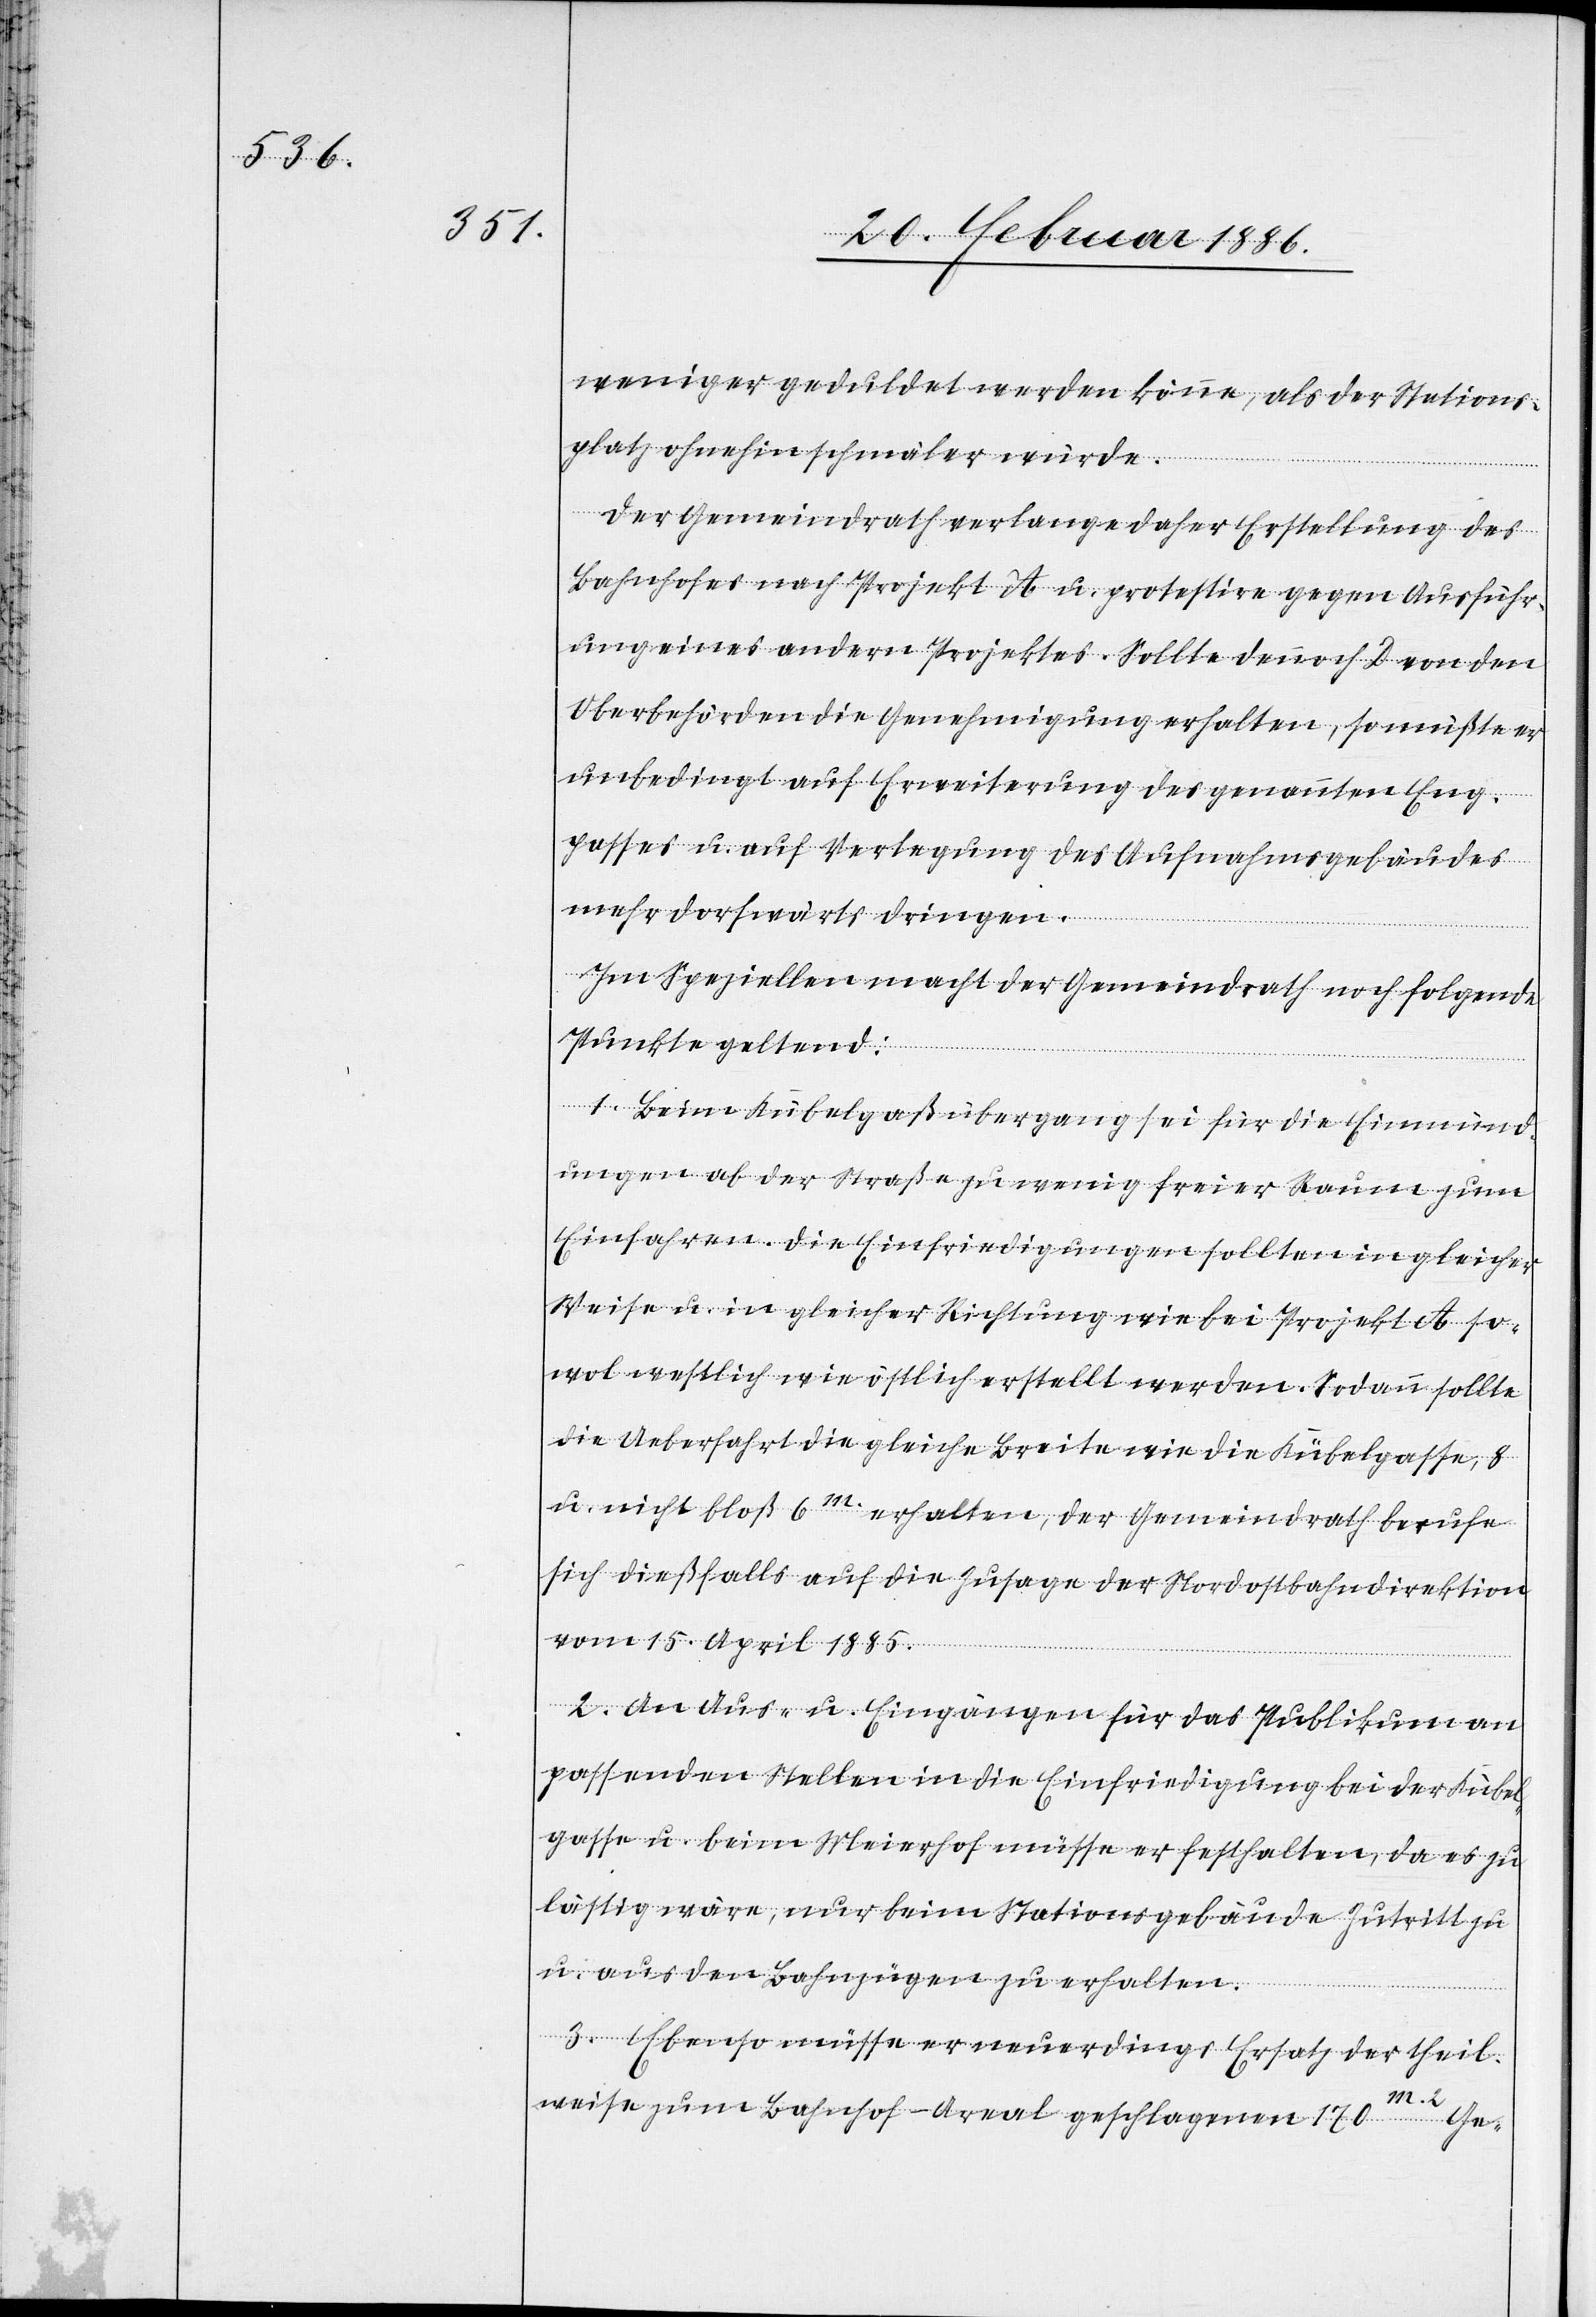
weniger geduldet werden könne, als der Stations¬
platz ohnehin schmäler würde.
Der Gemeindrath verlange daher Erstellung des
Bahnhofes nach Projekt A u. protestiere gegen Ausführ¬
ung eines andern Projektes. Sollte dennoch D von den
Oberbehörden die Genehmigung erhalten, so mußte er
unbedingt auf Erweiterung des genannten Eng¬
passes u. auf Verlegung des Aufnahmsgebäudes
mehr dorfwärts dringen.
Im Speziellen macht der Gemeindrath noch folgende
Punkte geltend:
1. Beim Kubelpaßübergang sei für die Einmünd¬
ungen ab der Straße zu wenig freier Raum zum
Einfahren. Die Einfriedigungen sollten in gleicher
Weise u. in gleicher Richtung wie bei Projekt A so¬
wol westlich wie östlich erstellt werden. Sodann sollte
die Ueberfahrt die gleiche Breite wie die Kübelgasse, 8
u. nicht bloß 6m. erhalten, der Gemeindrath berufe
sich dießfalls auf die Zusage der Nordostbahndirektion
vom 15. April 1885.
2. An Aus- u. Eingängen für das Publikum an
passenden Stellen in die Einfriedung bei der Kübel¬
gasse u. beim Meierhof müsse er festhalten, daß es zu
lästig wäre, nur beim Stationsgebäude Zutritt zu
u. aus den Bahnzügen zu erhalten.
3. Ebenso müsse er neuerdings Ersatz der theil¬
weise zum Bahnhof-Areal geschlagenen 170m.2 Ge-